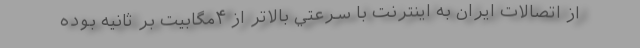
از اتصالات ايران به اينترنت با سرعتي بالاتر از ۴مگابيت بر ثانيه بوده